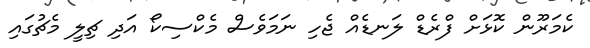
ކެމަރޫން ކޮޅަށް ފްރެޑް ލަނޑެއް ޖެހި ނަމަވެސް މެކްސިކޯ އަދި ޗިލީ މެޗުގައި